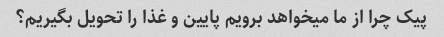
پیک چرا از ما میخواهد برویم پایین و غذا را تحویل بگیریم؟